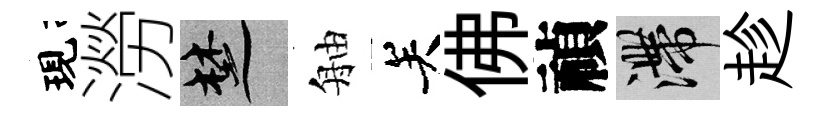
現澇楚舳关佛禎滯趁